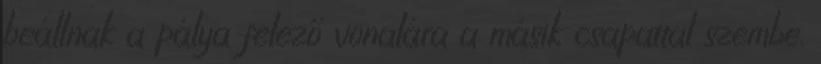
beállnak a pálya felező vonalára a másik csapattal szembe.